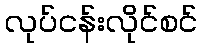
လုပ်ငန်းလိုင်စင်